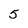
Character: 5